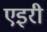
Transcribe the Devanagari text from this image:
एइरी